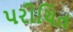
પરીચિત